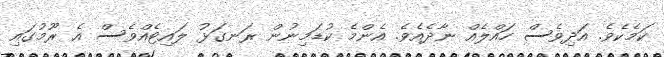
ކަމެކެވެ. އަދިވެސް ހައްލެއް ނާދެއެވެ. އެންމެ ކުޑަމިނުން ރަނގަޅު ލައިޓެއްވެސް އެ ރޫމުގައި